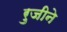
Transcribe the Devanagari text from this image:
रुजीने